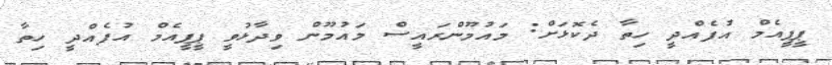
ޕީޕީއެމް އުފެއްދީ ހިތާ ދެކޮޅަށް: މައުމޫންރައީސް މައުމޫން ވިދާޅުވީ ޕީޕީއެމް އުފެއްދީ ހިތާ